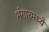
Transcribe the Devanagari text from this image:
भंगारमध्ये